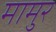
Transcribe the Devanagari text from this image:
मामुर